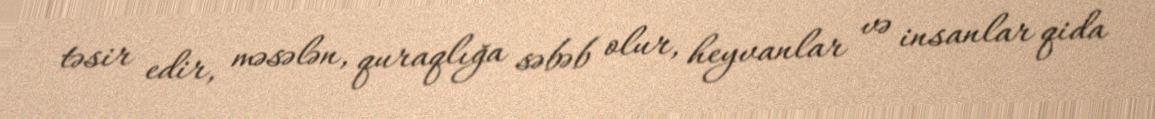
təsir edir, məsələn, quraqlığa səbəb olur, heyvanlar və insanlar qida